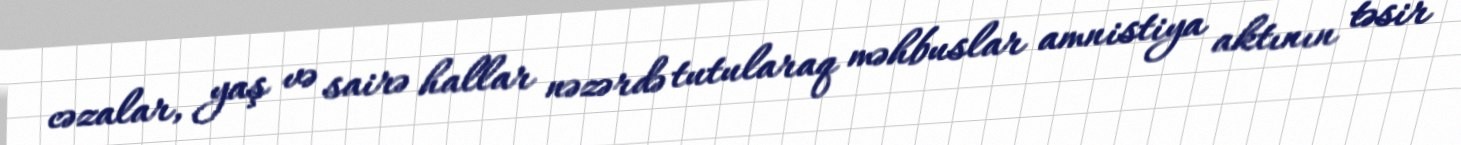
cəzalar, yaş və sairə hallar nəzərdə tutularaq məhbuslar amnistiya aktının təsir